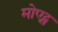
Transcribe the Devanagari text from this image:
मोएट्स